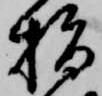
指